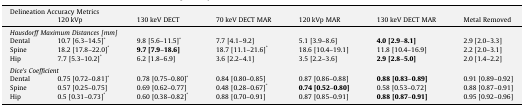
<table><thead><tr><td colspan="7"><b>Delineation Accuracy Metrics</b></td></tr><tr><td></td><td><b>120 kVp</b></td><td><b>130 keV DECT</b></td><td><b>70 keV DECT MAR</b></td><td><b>120 kVp MAR</b></td><td><b>130 keV DECT MAR</b></td><td><b>Metal Removed</b></td></tr></thead><tbody><tr><td colspan="7"><i>Hausdorff Maximum Distances [mm]</i></td></tr><tr><td>Dental</td><td>10.7 [6.3–14.5]<sup>*</sup></td><td>9.8 [5.6–11.5]<sup>*</sup></td><td>7.7 [4.1–9.2]</td><td>5.1 [3.9–8.6]</td><td><b>4.0 [2.9</b>–<b>8.1]</b></td><td>2.9 [2.0–3.3]</td></tr><tr><td>Spine</td><td>18.2 [17.8–22.0]<sup>*</sup></td><td><b>9.7 [7.9</b>–<b>18.6]</b></td><td>18.7 [11.1–21.6]<sup>*</sup></td><td>18.6 [10.4–19.1]</td><td>11.8 [10.4–16.9]</td><td>2.2 [2.0–3.1]</td></tr><tr><td>Hip</td><td>7.7 [5.3–10.2]<sup>*</sup></td><td>6.2 [1.8–6.9]</td><td>3.6 [2.2–4.1]</td><td>3.5 [2.2–3.6]</td><td><b>2.9 [2.8</b>–<b>5.0]</b></td><td>2.0 [1.4–2.2]</td></tr><tr><td colspan="7">  </td></tr><tr><td colspan="7"><i>Dice’s Coefficient</i></td></tr><tr><td>Dental</td><td>0.75 [0.72–0.81]<sup>*</sup></td><td>0.78 [0.75–0.80]<sup>*</sup></td><td>0.84 [0.80–0.85]</td><td>0.87 [0.86–0.88]</td><td><b>0.88 [0.83</b>–<b>0.89]</b></td><td>0.91 [0.89–0.92]</td></tr><tr><td>Spine</td><td>0.57 [0.25–0.75]</td><td>0.69 [0.62–0.77]</td><td>0.48 [0.28–0.67]<sup>*</sup></td><td><b>0.74 [0.52</b>–<b>0.80]</b></td><td>0.58 [0.53–0.72]</td><td>0.88 [0.87–0.91]</td></tr><tr><td>Hip</td><td>0.5 [0.31–0.73]<sup>*</sup></td><td>0.60 [0.38–0.82]<sup>*</sup></td><td>0.88 [0.70–0.91]</td><td>0.87 [0.85–0.91]</td><td><b>0.88 [0.87</b>–<b>0.91]</b></td><td>0.95 [0.92–0.96]</td></tr></tbody></table>